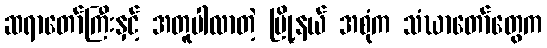
ဆရာတော်ကြီးနှင့် အတူပါလာတဲ့ မြို့နယ် အစုံက သံဃာတော်တွေက